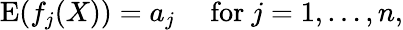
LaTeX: \operatorname{E}(f_{j}(X))=a_{j}\quad{\mathrm{~for~}}j=1,\ldots,n,